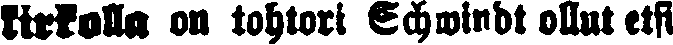
kirkolla on tohtori Echwindt ollut etsi